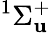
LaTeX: ^{1}{\Sigma}_{\mathbf{u}}^{+}